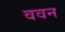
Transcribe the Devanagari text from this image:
ववन